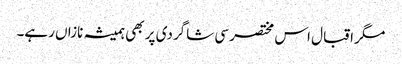
مگر اقبال اس مختصر سی شاگردی پر بھی ہمیشہ نازاں رہے۔